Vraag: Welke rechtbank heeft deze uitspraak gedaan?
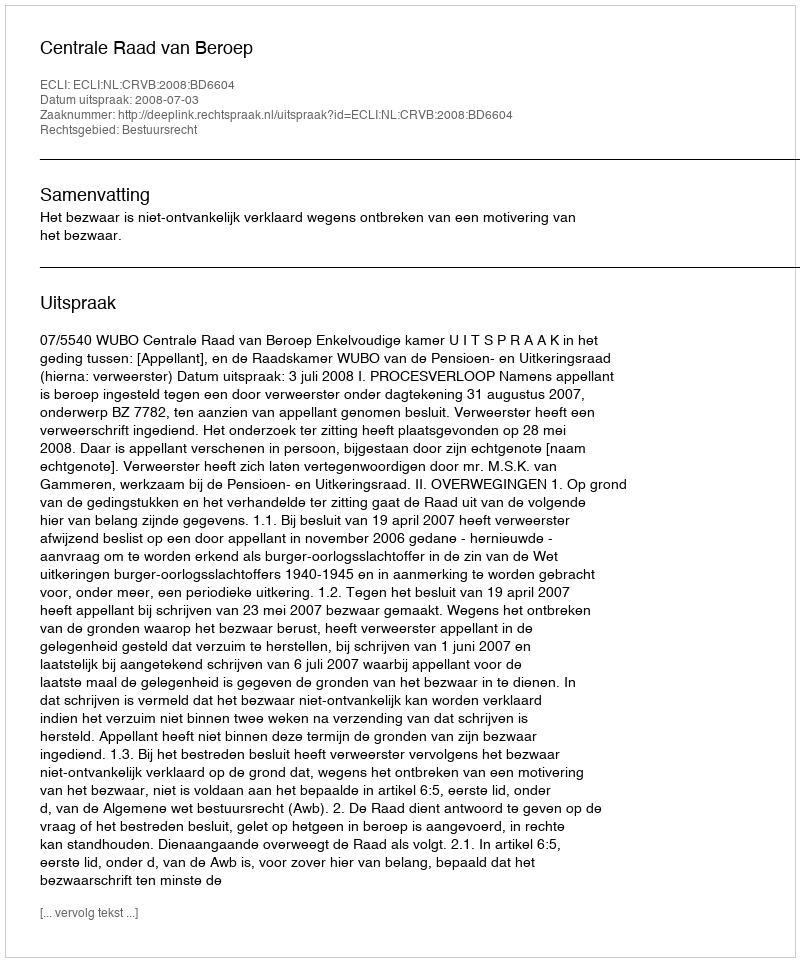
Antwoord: Centrale Raad van Beroep